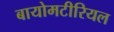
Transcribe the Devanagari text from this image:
बायोमटीरियल